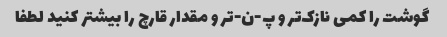
گوشت را کمی نازک‌تر و پ-ن-تر و مقدار قارچ را بیشتر کنید لطفا